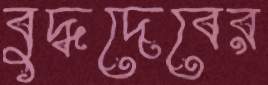
বুদ্ধদেবের